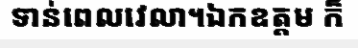
ទាន់ពេលវេលា។ឯកឧត្តម ក៏